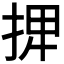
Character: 𢮆